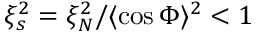
\xi _ { s } ^ { 2 } = \xi _ { N } ^ { 2 } / \langle \cos \Phi \rangle ^ { 2 } < 1